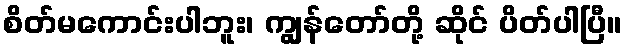
စိတ်မကောင်းပါဘူး၊ ကျွန်တော်တို့ ဆိုင် ပိတ်ပါပြီ။